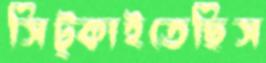
সিট্‌কাইতেছিস